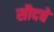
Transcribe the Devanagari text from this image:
सौदचे